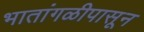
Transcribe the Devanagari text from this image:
भातांगळीपासून